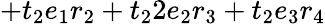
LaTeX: +t_{2}e_{1}r_{2}+t_{2}2e_{2}r_{3}+t_{2}e_{3}r_{4}